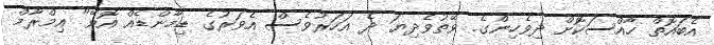
އެބައޮތް ހާއްސަކޮށް ދިވެހިންގެ. ވޭތުވެދިޔަ ދެ އަހަރުވެސް އެވަރުގެ ޑިމާންޑެއް އޮވޭ" އިމްރާމް